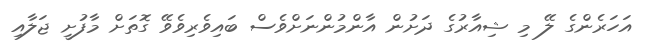
އަހަރެންގެ ލޭ މި ޝިއާރުގެ ދަށުން އާންމުންނަށްވެސް ބައިވެރިވެވޭ ގޮތަށް މާފުށީ ޖަލާއި